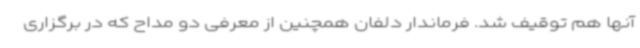
آنها هم توقیف شد. فرماندار دلفان همچنین از معرفی دو مداح که در برگزاری